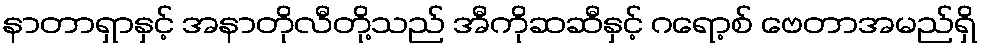
နာတာရှာနှင့် အနာတိုလီတို့သည် အီကိုဆဆီနှင့် ဂရော့စ် ဗေတာအမည်ရှိ